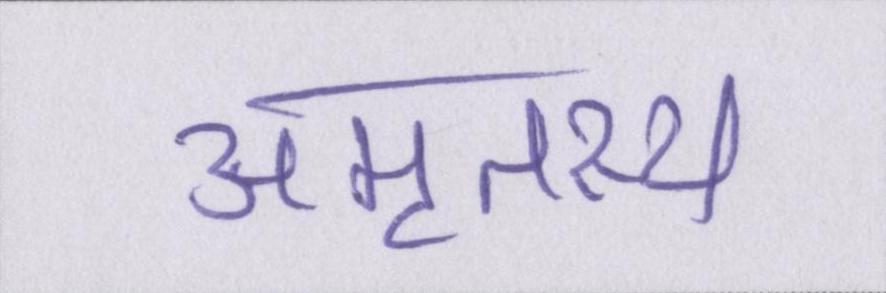
अमृतस्य